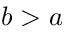
b > a